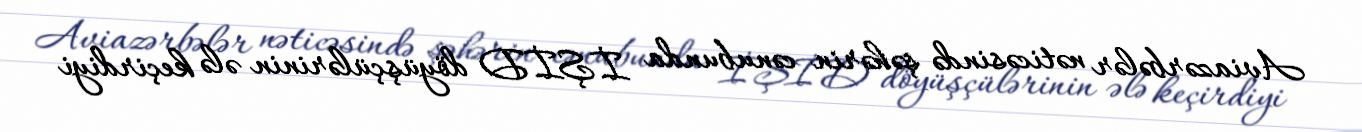
Aviazərbələr nəticəsində şəhərin cənubunda İŞİD döyüşçülərinin ələ keçirdiyi